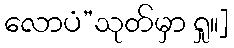
လောပံ”သုတ်မှာ ရှု။]